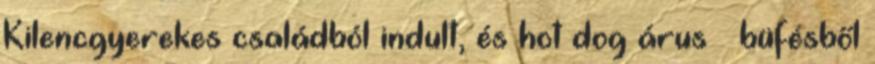
Kilencgyerekes családból indult, és hot dog árus – büfésből